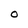
Character: 0